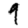
Digit: 9